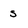
Character: s